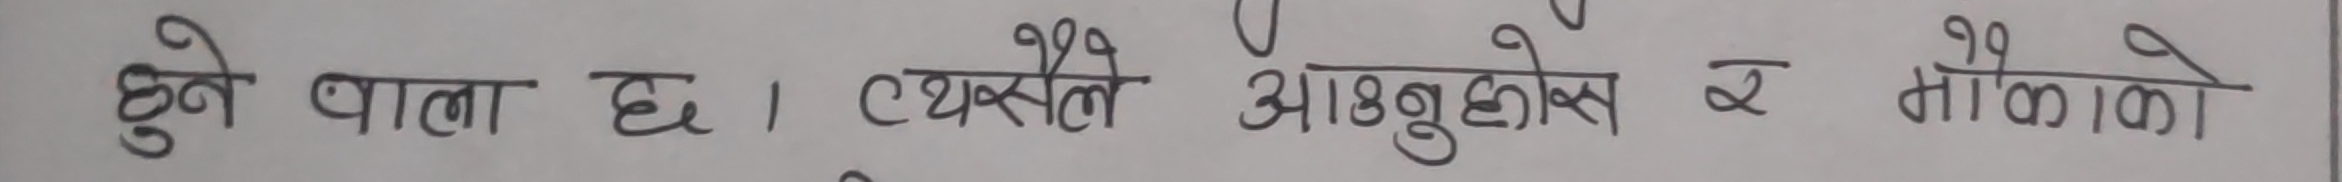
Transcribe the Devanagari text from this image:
हुने वाला छ । त्यसैले आउनुहोस् र मौकाको